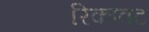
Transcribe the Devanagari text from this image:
रिकावट